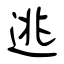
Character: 逃